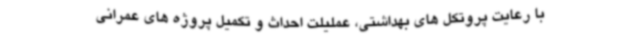
با رعایت پروتکل های بهداشتی، عملیلت احداث و تکمیل پروژه های عمرانی